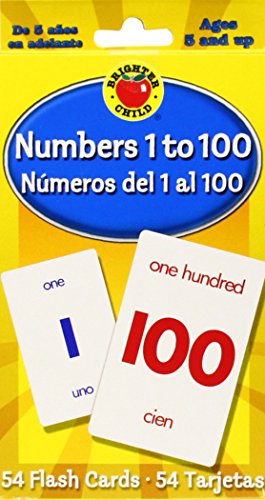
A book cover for Numbers 1 to 100 Flash Cards: Numeros del 1 al 100 (Brighter Child Flash Cards); Children's Books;